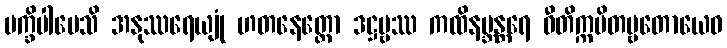
ပက္ခိပါပေသိ အနုဿရေယျုံ ဟတနေတ္တော ဒဋ္ဌဗ္ဗဿ ကထိနဗ္ဘန္တရေ ဝီတိက္ကမိတဗ္ဗတောယေဝ